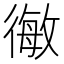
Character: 𭛿